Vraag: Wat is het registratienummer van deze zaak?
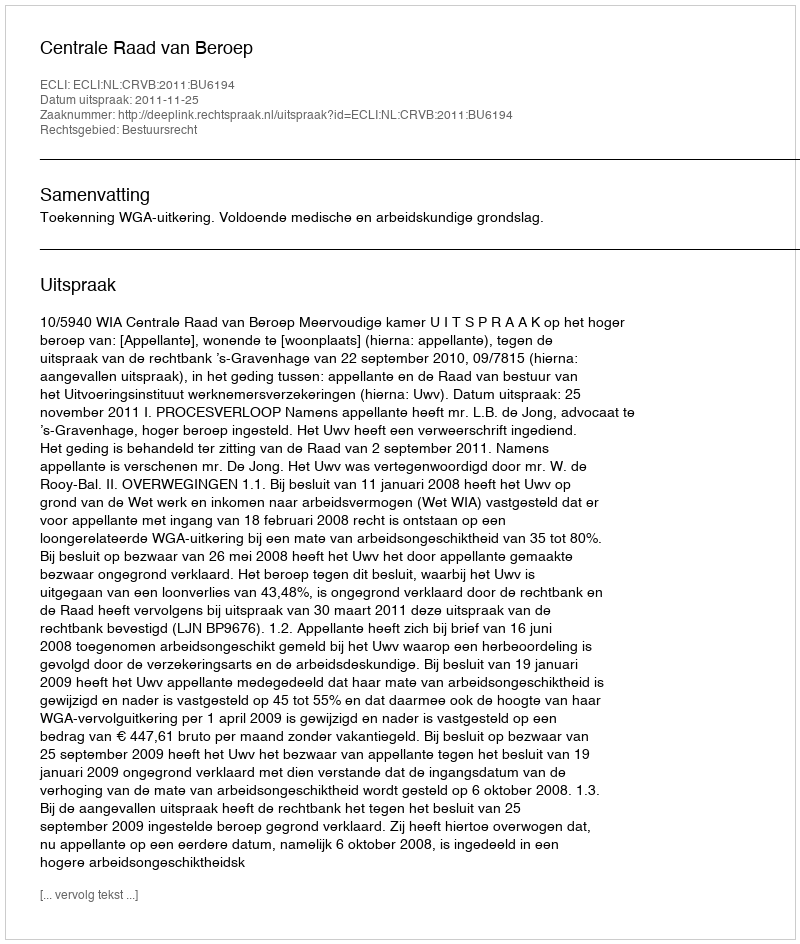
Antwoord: http://deeplink.rechtspraak.nl/uitspraak?id=ECLI:NL:CRVB:2011:BU6194